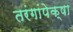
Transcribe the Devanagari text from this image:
तरंगांपेक्षा